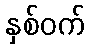
နှစ်ဝက်